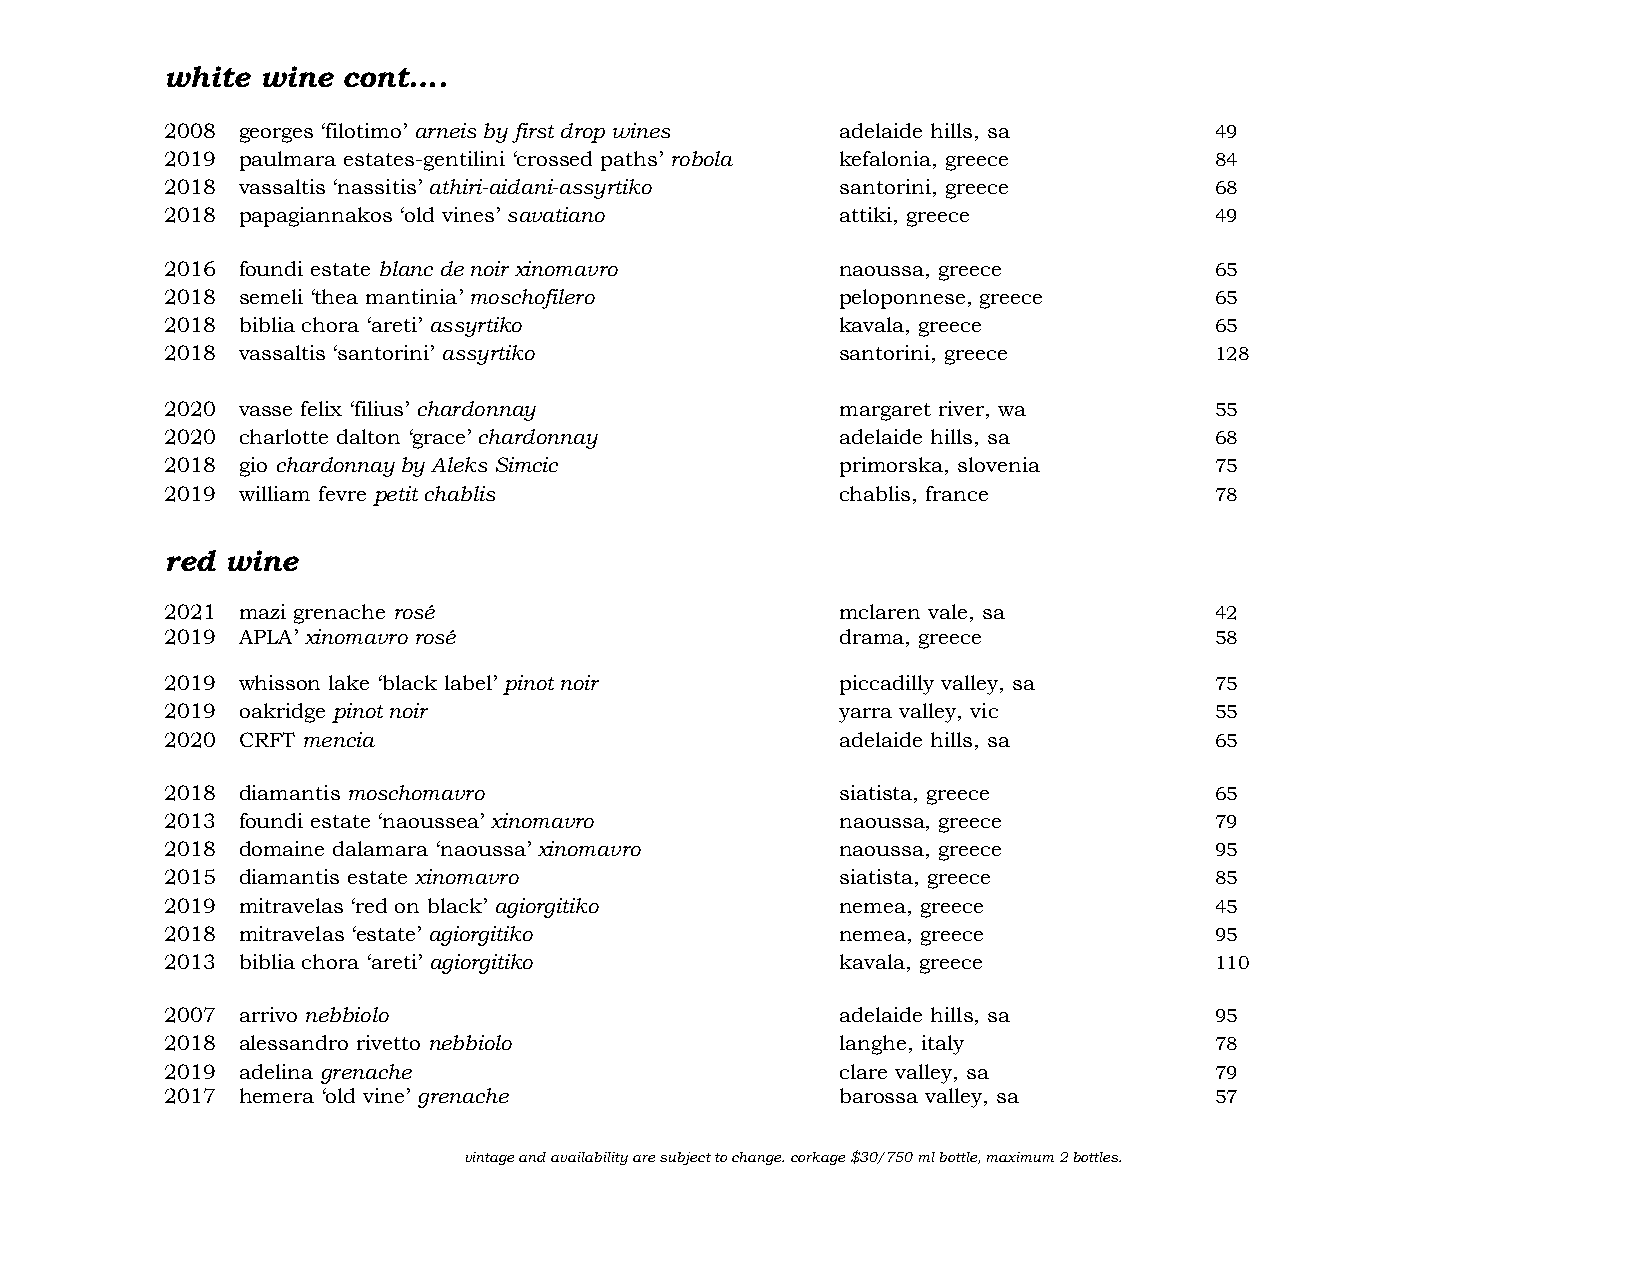
white wine  cont….
 2008 georges ‘filotimo’ arneis by first drop wines adelaide hills, sa 49
 2019 paulmara estates-gentilini ‘crossed paths’ robola kefalonia, greece 84
 2018 vassaltis ‘nassitis’ athiri-aidani-assyrtiko santorini, greece  68
 2018 papagiannakos ‘old vines’ savatiano     attiki, greece          49
 2016 foundi estate blanc de noir xinomavro   naoussa, greece         65
 2018 semeli ‘thea mantinia’ moschofilero     peloponnese, greece     65
 2018 biblia chora ‘areti’ assyrtiko          kavala, greece          65
 2018 vassaltis ‘santorini’ assyrtiko         santorini, greece       128
 2020 vasse felix ‘filius’ chardonnay         margaret river, wa      55
 2020 charlotte dalton ‘grace’ chardonnay     adelaide hills, sa      68
 2018 gio chardonnay by Aleks Simcic          primorska, slovenia     75
 2019 william fevre petit chablis             chablis, france         78
 red wine
 2021 mazi grenache rosé                      mclaren vale, sa        42
 2019 APLA’ xinomavro rosé                    drama, greece           58
 2019 whisson lake ‘black label’ pinot noir   piccadilly valley, sa   75
 2019 oakridge pinot noir                     yarra valley, vic       55
 2020 CRFT mencia                             adelaide hills, sa      65
 2018 diamantis moschomavro                   siatista, greece        65
 2013 foundi estate ‘naoussea’ xinomavro      naoussa, greece         79
 2018 domaine dalamara ‘naoussa’ xinomavro    naoussa, greece         95
 2015 diamantis estate xinomavro              siatista, greece        85
 2019 mitravelas ‘red on black’ agiorgitiko   nemea, greece           45
 2018 mitravelas ‘estate’ agiorgitiko         nemea, greece           95
 2013 biblia chora ‘areti’ agiorgitiko        kavala, greece          110
 2007 arrivo nebbiolo                         adelaide hills, sa      95
 2018 alessandro rivetto nebbiolo             langhe, italy           78
 2019 adelina grenache                        clare valley, sa        79
 2017 hemera ‘old vine’ grenache              barossa valley, sa      57
 vintage and availability are subject to change. corkage $30/750 ml bottle, maximum 2 bottles.